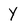
Character: y